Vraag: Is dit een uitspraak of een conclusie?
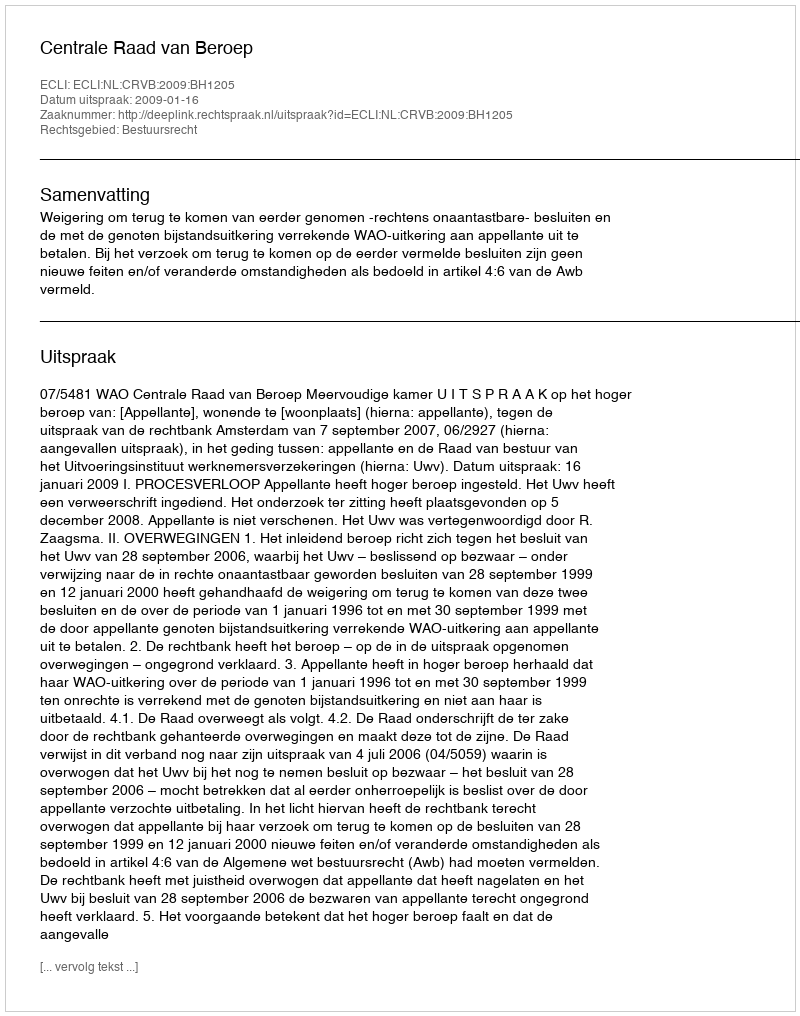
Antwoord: Uitspraak